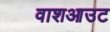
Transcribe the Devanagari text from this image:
वाशआउट